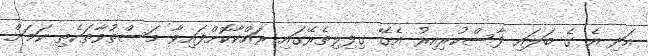
އަދި އެ ގެ ބަލައި ފާސްކުރިއިރު އެގޭ ގިފިލިތެރޭގައި ރައްކާކޮށްފައިވާ މަސްތުވާތަކެތި ކަމަށް